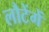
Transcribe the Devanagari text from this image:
लौटेंगें